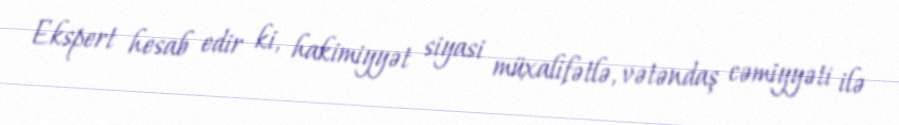
Ekspert hesab edir ki, hakimiyyət siyasi müxalifətlə, vətəndaş cəmiyyəti ilə